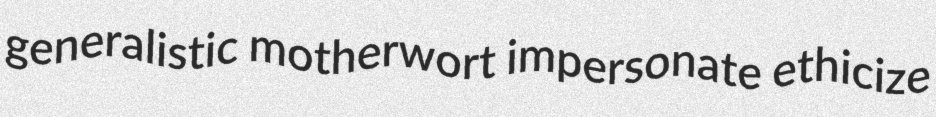
generalistic motherwort impersonate ethicize